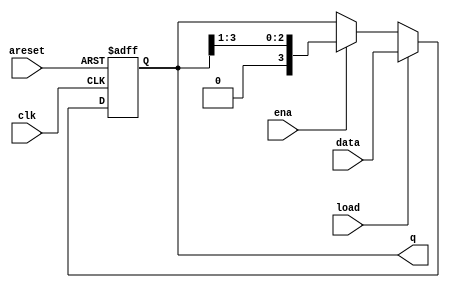
module top_module (
    input clk,
    input areset,  // async active-high reset to zero
    input load,
    input ena,
    input [3:0] data,
    output reg [3:0] q
);
    // Shift register logic with areset, load, and enable
    always @(posedge clk or posedge areset) begin
        if (areset) begin
            q <= 4'b0000;
        end else if (load) begin
            q <= data;
        end else if (ena) begin
            q <= {1'b0, q[3:1]};
        end
    end
endmodule